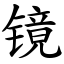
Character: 镜